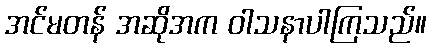
အင်မတန် အဆိုအက ဝါသနာပါကြသည်။